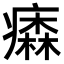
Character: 𤺢